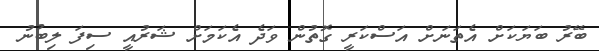
ބޭރު ބަޔަކަށް އެތަނަށް އަސްކަރީ ގޮތުން ވަދެ އެކަމަށް ޝަރުއީ ސިފަ ލިބުނު